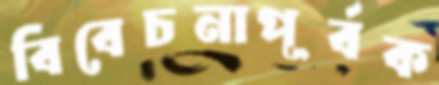
বিবেচনাপূর্বক